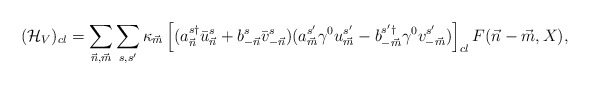
\begin{align*}({\cal H}_V)_{cl} =\sum_{{\vec n},{\vec m}} \sum_{s,s'} \kappa_{\vec m} \left[(a^{s\dagger}_{\vec n} \bar{u}^s_{\vec n} +b^{s}_{-{\vec n}} \bar{v}^s_{-{\vec n}})(a^{s'}_{\vec m} \gamma^0 u^{s'}_{\vec m} -b^{s'\dagger}_{-{\vec m}} \gamma^0 v^{s'}_{-{\vec m}})\right]_{cl}F({\vec n}-{\vec m},X),\end{align*}